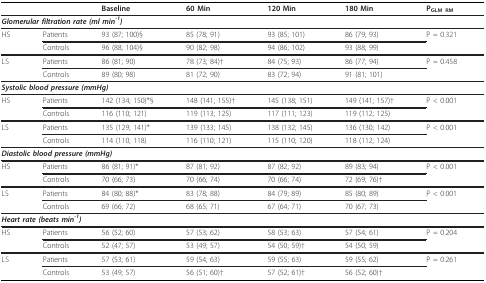
<table><thead><tr><td></td><td></td><td><b>Baseline</b></td><td><b>60 Min</b></td><td><b>120 Min</b></td><td><b>180 Min</b></td><td><b>P<sub>GLM RM</sub></b></td></tr></thead><tbody><tr><td colspan="7"><b><i>Glomerular filtration rate (ml min<sup>-1</sup>)</i></b></td></tr><tr><td>HS</td><td>Patients</td><td>93 (87; 100)§</td><td>85 (78; 91)</td><td>93 (85; 101)</td><td>86 (79; 93)</td><td>P = 0.321</td></tr><tr><td></td><td>Controls</td><td>96 (88; 104)§</td><td>90 (82; 98)</td><td>94 (86; 102)</td><td>93 (88; 99)</td><td></td></tr><tr><td>LS</td><td>Patients</td><td>86 (81; 90)</td><td>78 (73; 84)†</td><td>84 (75; 93)</td><td>86 (77; 94)</td><td>P = 0.458</td></tr><tr><td></td><td>Controls</td><td>89 (80; 98)</td><td>81 (72; 90)</td><td>83 (72; 94)</td><td>91 (81; 101)</td><td></td></tr><tr><td colspan="7"><b><i>Systolic blood pressure (mmHg)</i></b></td></tr><tr><td>HS</td><td>Patients</td><td>142 (134; 150)*§</td><td>148 (141; 155)†</td><td>145 (138; 151)</td><td>149 (141; 157)†</td><td>P &lt; 0.001</td></tr><tr><td></td><td>Controls</td><td>116 (110; 121)</td><td>119 (113; 125)</td><td>117 (111; 123)</td><td>119 (112; 125)</td><td></td></tr><tr><td>LS</td><td>Patients</td><td>135 (129; 141)*</td><td>139 (133; 145)</td><td>138 (132; 145)</td><td>136 (130; 142)</td><td>P &lt; 0.001</td></tr><tr><td></td><td>Controls</td><td>114 (110; 118)</td><td>116 (110; 121)</td><td>115 (110; 120)</td><td>118 (112; 124)</td><td></td></tr><tr><td colspan="7"><b><i>Diastolic blood pressure (mmHg)</i></b></td></tr><tr><td>HS</td><td>Patients</td><td>86 (81; 91)*</td><td>87 (81; 92)</td><td>87 (82; 92)</td><td>89 (83; 94)</td><td>P &lt; 0.001</td></tr><tr><td></td><td>Controls</td><td>70 (66; 73)</td><td>70 (66; 74)</td><td>70 (66; 74)</td><td>72 (69; 76)†</td><td></td></tr><tr><td>LS</td><td>Patients</td><td>84 (80; 88)*</td><td>83 (78; 88)</td><td>84 (79; 89)</td><td>85 (80; 89)</td><td>P &lt; 0.001</td></tr><tr><td></td><td>Controls</td><td>69 (66; 72)</td><td>68 (65; 71)</td><td>67 (64; 71)</td><td>70 (67; 73)</td><td></td></tr><tr><td colspan="7"><b><i>Heart rate (beats min<sup>-1</sup>)</i></b></td></tr><tr><td>HS</td><td>Patients</td><td>56 (52; 60)</td><td>57 (53; 62)</td><td>58 (53; 63)</td><td>57 (54; 61)</td><td>P = 0.204</td></tr><tr><td></td><td>Controls</td><td>52 (47; 57)</td><td>53 (49; 57)</td><td>54 (50; 59)†</td><td>54 (50; 59)</td><td></td></tr><tr><td>LS</td><td>Patients</td><td>57 (53; 61)</td><td>59 (54; 63)</td><td>59 (55; 63)</td><td>59 (55; 62)</td><td>P = 0.261</td></tr><tr><td></td><td>Controls</td><td>53 (49; 57)</td><td>56 (51; 60)†</td><td>57 (52; 61)†</td><td>56 (52; 60)†</td><td></td></tr></tbody></table>